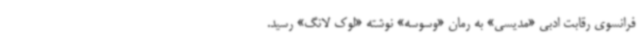
فرانسوی رقابت ادبی «مدیسی» به رمان «‌وسوسه» نوشته «لوک لانگ»‌ رسید.